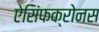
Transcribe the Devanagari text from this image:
ऐसिंफक्रोनस